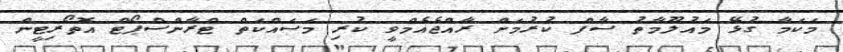
މަކަމާ ގުޅޭ މައުލޫމާތު ސާފް ކުރުމަށް ރާއްޖެއެމްވީ ކުރި މަސައްކަތް ޓްރާންސްޕޯޓް އޮތޯރިޓީން